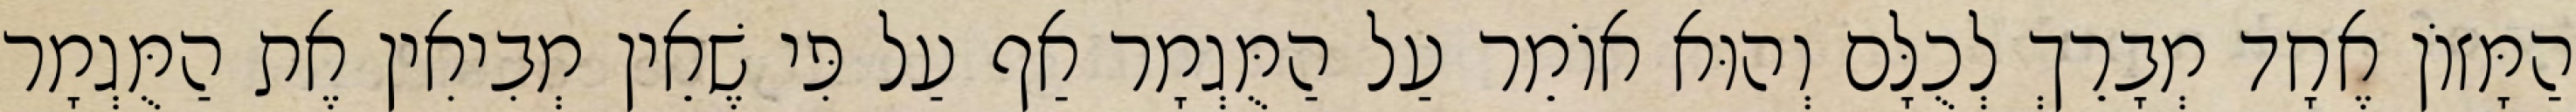
הַמָּזוֹן אֶחָד מְבָרֵךְ לְכֻלָּם וְהוּא אוֹמֵר עַל הַמֻּגְמָר אַף עַל פִּי שֶׁאֵין מְבִיאִין אֶת הַמֻּגְמָר